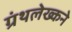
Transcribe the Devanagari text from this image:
ग्रंथलेख्कने